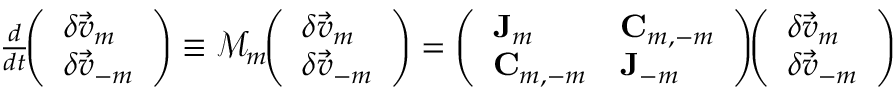
\begin{array} { r } { \frac { d } { d t } \! \! \left( \begin{array} { l } { \delta \vec { v } _ { m } } \\ { \delta \vec { v } _ { - m } } \end{array} \right) \equiv \mathcal { M } _ { m } \! \! \left( \begin{array} { l } { \delta \vec { v } _ { m } } \\ { \delta \vec { v } _ { - m } } \end{array} \right) = \left( \begin{array} { l l } { \mathbf { J } _ { m } } & { \mathbf { C } _ { m , - m } } \\ { \mathbf { C } _ { m , - m } } & { \mathbf { J } _ { - m } } \end{array} \right) \! \! \left( \begin{array} { l } { \delta \vec { v } _ { m } } \\ { \delta \vec { v } _ { - m } } \end{array} \right) } \end{array}